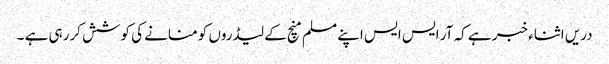
دریں اثناء خبر ہے کہ آر ایس ایس اپنے مسلم منچ کے لیڈروں کو منانے کی کوشش کررہی ہے ۔